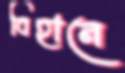
বিহানে